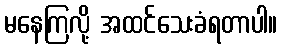
မနေကြလို့ အထင်သေးခံရတာပါ။